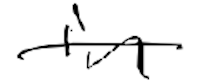
Text: in
Cross-out: single-line
Writing tool: digital_black